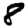
Digit: 8